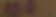
: